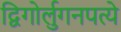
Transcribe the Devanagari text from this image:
द्विगोर्लुगनपत्ये